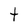
Character: t